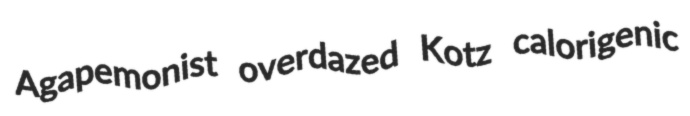
Agapemonist overdazed Kotz calorigenic